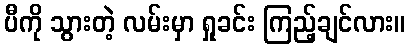
ပီကို သွားတဲ့ လမ်းမှာ ရှုခင်း ကြည့်ချင်လား။